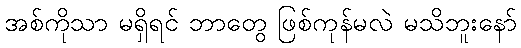
အစ်ကိုသာ မရှိရင် ဘာတွေ ဖြစ်ကုန်မလဲ မသိဘူးနော်